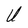
Character: U